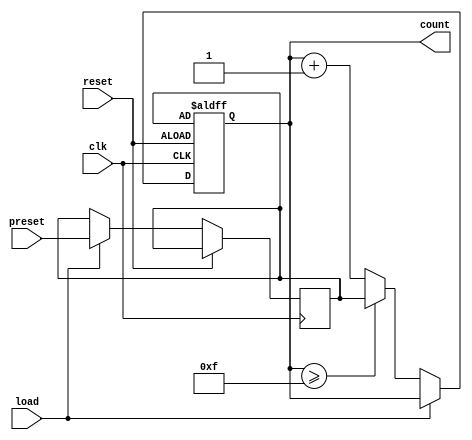
module PresettableCounter #(
    parameter WIDTH = 4 // Specify the width of the counter (n-bits)
) (
    input wire clk,        // Clock signal
    input wire reset,      // Asynchronous reset signal
    input wire [WIDTH-1:0] preset, // Value to preset counter
    input wire load,       // Load signal to set preset value
    output reg [WIDTH-1:0] count  // Current count output
);

    // Internal register to hold the preset value
    reg [WIDTH-1:0] preset_reg;

    // Maximum count value
    localparam MAX_COUNT = (1 << WIDTH) - 1;

    // Synchronous logic for the counter
    always @(posedge clk or posedge reset) begin
        if (reset) begin
            // On reset, load the counter with the preset value
            count <= preset_reg;
        end else if (load) begin
            // On load signal, store the preset value into the preset register
            preset_reg <= preset;
        end else begin
            // Count logic
            if (count >= MAX_COUNT) begin
                count <= preset_reg; // Roll over to the preset value
            end else begin
                count <= count + 1; // Increment the counter
            end
        end
    end

    // Initialize count and preset_reg
    initial begin
        count = 0;
        preset_reg = 0;
    end

endmodule